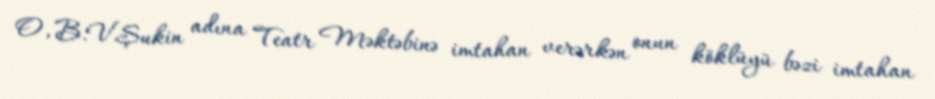
O, B.V.Şukin adına Teatr Məktəbinə imtahan verərkən onun köklüyü bəzi imtahan